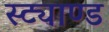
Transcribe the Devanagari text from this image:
स्ट्याण्ड